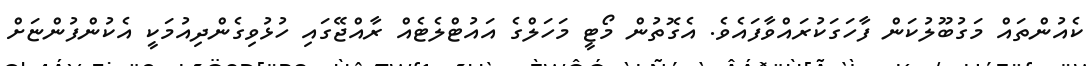
ކެއުންތައް މަގުބޫލުކަން ފާހަގަކުރައްވާފައެވެ. އެގޮތުން މޯޓީ މަހަލްގެ އައުޓްލެޓެއް ރާއްޖޭގައި ހުޅުވިގެންދިއުމަކީ އެކުންފުންޏަށް